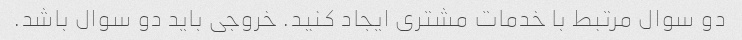
دو سوال مرتبط با خدمات مشتری ایجاد کنید. خروجی باید دو سوال باشد.